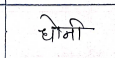
मजकूर: धोनी